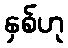
နှစ်ဟု